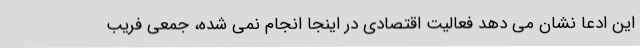
این ادعا نشان می دهد فعالیت اقتصادی در اینجا انجام نمی شده، جمعی فریب